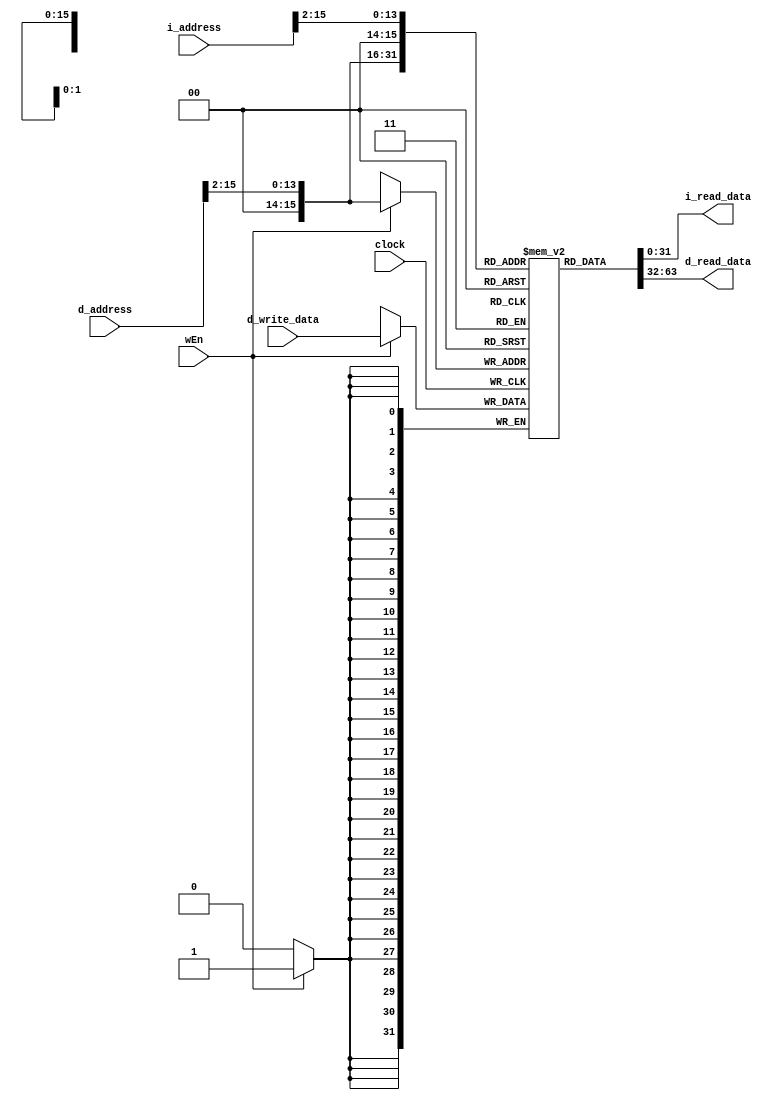
// Name: Mohammed Alsoughayer, Sean Brandenburg
// EC413 Project: Ram Module

module ram #(
  parameter DATA_WIDTH = 32,
  parameter ADDR_WIDTH = 16
) (
  input  clock,

  // Instruction Port
  input  [ADDR_WIDTH-1:0] i_address,
  output [DATA_WIDTH-1:0] i_read_data,

  // Data Port
  input  wEn,
  input  [ADDR_WIDTH-1:0] d_address,
  input  [DATA_WIDTH-1:0] d_write_data,
  output [DATA_WIDTH-1:0] d_read_data

);

localparam RAM_DEPTH = 1 << ADDR_WIDTH;

reg [DATA_WIDTH-1:0] ram [0:RAM_DEPTH-1];

/******************************************************************************
*                      Start Your Code Here
******************************************************************************/

//Data port
assign d_read_data = ram[d_address[15:2]];

always @(posedge clock) begin
	if(wEn) ram[d_address[15:2]] <= d_write_data;
end

//Instruction port
assign i_read_data = ram[i_address[15:2]];
 
endmodule